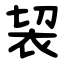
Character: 袃